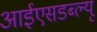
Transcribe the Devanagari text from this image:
आईएसडब्ल्यू